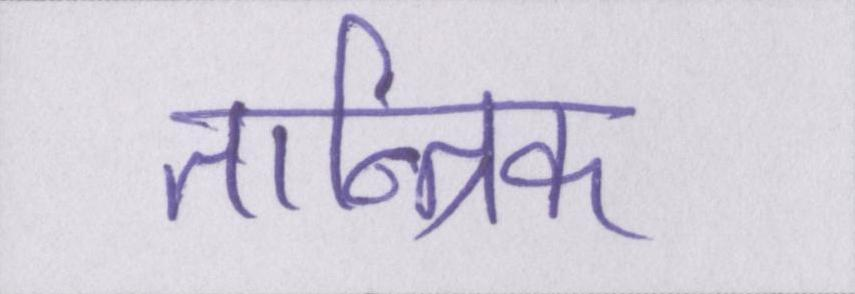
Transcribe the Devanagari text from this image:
तान्त्रिक